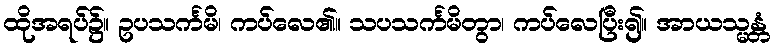
ထိုအရပ်၌။ ဥပသင်္ကမိ၊ ကပ်လေ၏။ သပသင်္ကမိတွာ၊ ကပ်လေပြီး၍။ အာယသ္မန္တံ